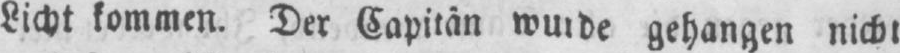
Licht kommen. Der Capitän wurde gehangen nicht